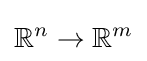
\mathbb {R} ^{n}\to \mathbb {R} ^{m}